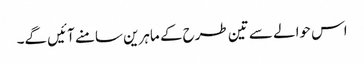
اس حوالے سے تین طرح کے ماہرین سامنے آئیں گے۔